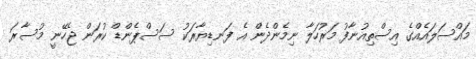
މައްސަލައެއްގެ އިސްތިއުނާފު މަރުހަލާ ނިމެންދެން އެ ފަނޑިޔާރަކު ސަސްޕެންޑް ކުރަން ޖެހޭނީ މުސާރަ